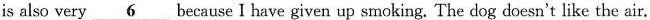
is also very \underline{6} because I have given up smoking. The dog doesn't like the air.